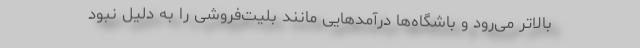
بالاتر می‌رود و باشگاه‌ها درآمدهایی مانند بلیت‌فروشی را به دلیل نبود